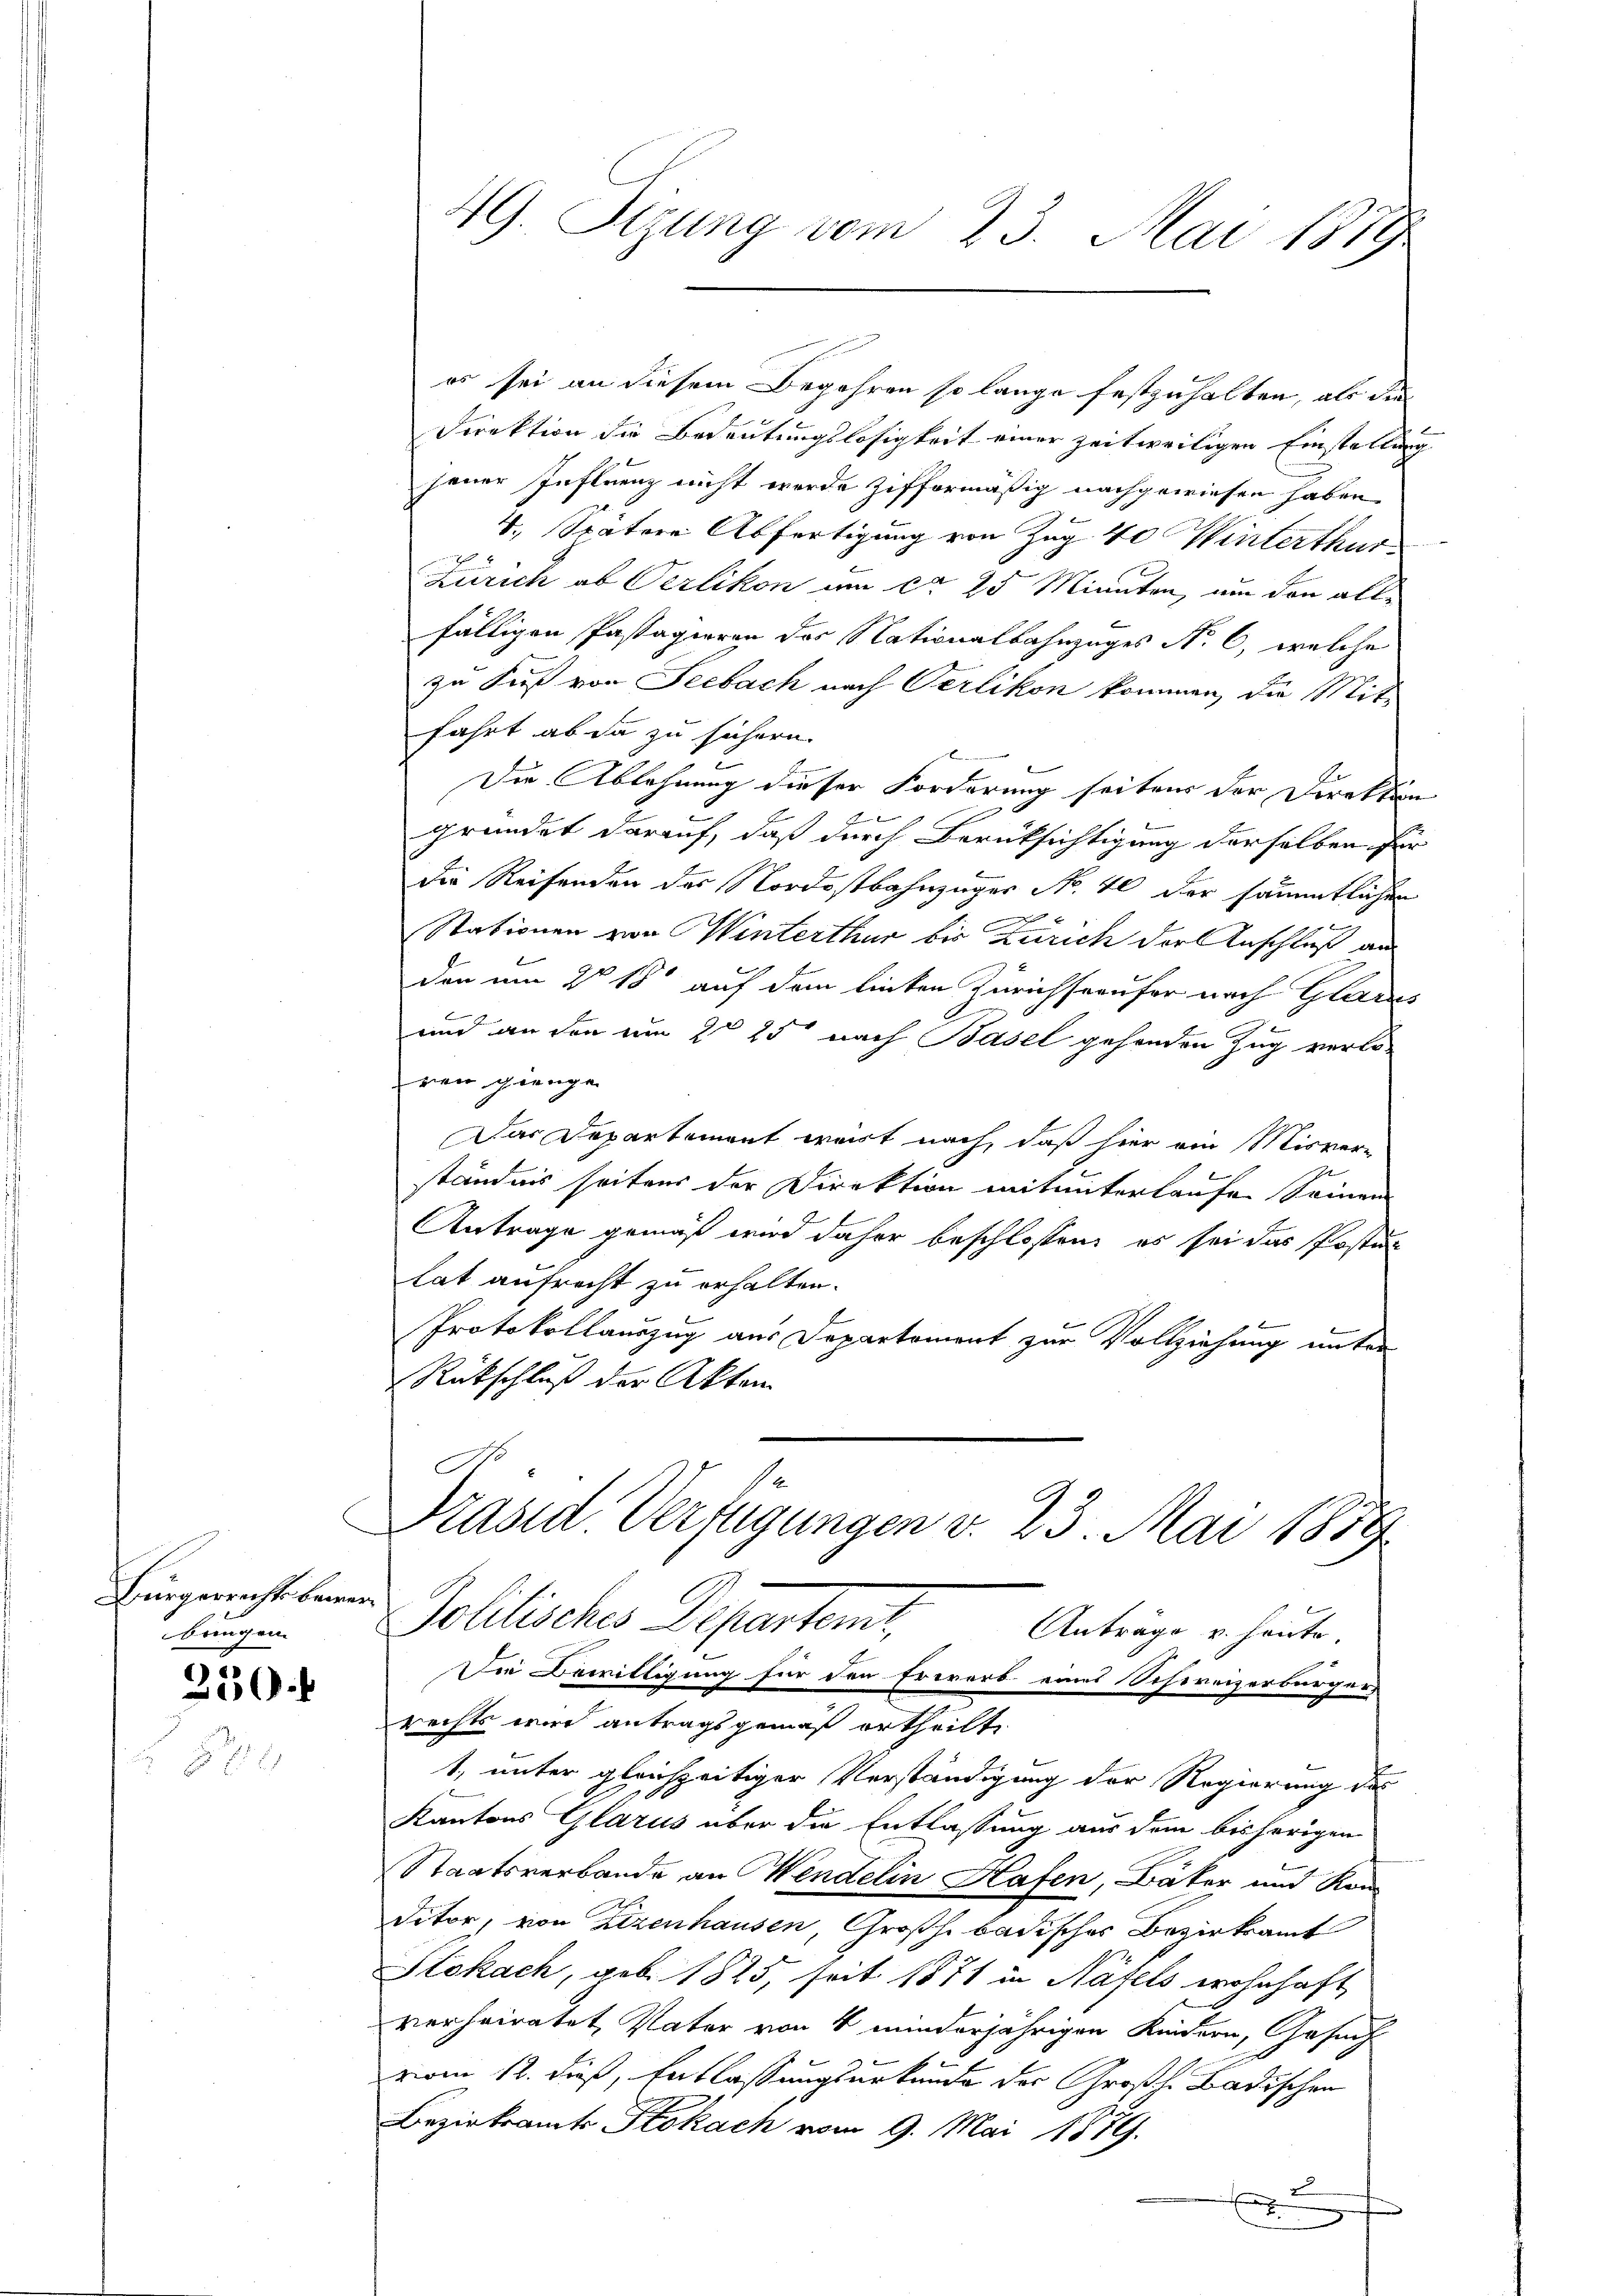
Bürgerrichts bewer
bungen.

250.

s

es sei an diesem Begehren so lange festzuhalten, als die
Direktion die Bedeutungslosigkeit einer zeitweiligen Einstellung
jener Influenz nicht werde zifformäßig nachgewiesen haben,
4. Spätere Abfertigung von Zug 40 Winterthur
Zürich ob Oerlikon um ca 25 Minuten, um den alle
fälligen Pastagieren des Nationalbahnzuges No. 6, welche
zu Fuß von Seebach nach Verlikon kommen, die Mit-
fahrt ab da zu sichern.
E
Die Ablehnung dieser Forderung seitens der Direktion

gründet darauf, daß durch Berüksichtigung derselben für
Die Reifenden der Nordostbahnzuges No. 40 der sämmtlichen
Stationen von Winterthur bis Zürich der Anschluß an
den um § 18 auf dem linken Zürichseeufer nach Glades
und an den um 2 25 nach Basel gehenden Zug verlo-
Erau giengen
Das Departement weist nach, daß hier ein Misver-
ständnis seitens der Direktion mitunterlaufen Seinen
Antrage gemäß wird daher beschlossen, es sei das Postul
lat aufrecht zu erhalten.
Protokollauszug aus Departement zur Vollziehung unter
Rückschluß der Akten

49. Sizung vom 23. Mai 1889

S
Prased Verfügungen v. 23. Mai 1859
Politisches Departenir,
Anträge u. heute.
Die Bewilligung für den Erwarb eines Schweizerbürger
rechts wird antragsgemäß ertheilt
1, unter gleichzeitiger Verständigung der Regierung der

Kantons Glarus über die Entlassung aus dem bisherigen
Staatsverbande an Wendelin Hafen, Bäker und Kon
ditor, von Zizenhausen, Großh. badischer Bezirksamt
Stokach, geb. 1825, seit 1871 in Näfels wohnhaft
verheiratet, Vater von 4 minderjährigen Kindern, Gesuch
vom 12. dieß, Entlassungsurkunde der Großh. Badischen
Bezirksamts Stokach vom 9. Mai 1879.
d